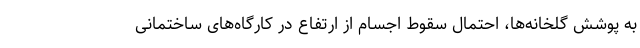
به پوشش گلخانه‌ها، احتمال سقوط اجسام از ارتفاع در کارگاه‌های ساختمانی